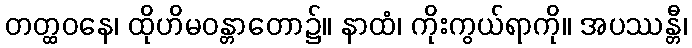
တတ္ထဝနေ၊ ထိုဟိမဝန္တာတော၌။ နာထံ၊ ကိုးကွယ်ရာကို။ အပဿန္တီ၊